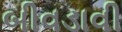
બીવડાવી